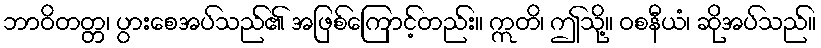
ဘာဝိတတ္တ၊ ပွားစေအပ်သည်၏ အဖြစ်ကြောင့်တည်း။ ဣတိ၊ ဤသို့။ ဝစနီယံ၊ ဆိုအပ်သည်။